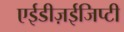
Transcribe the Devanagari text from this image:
एईडीज़ईजिप्टी